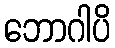
ဘောဂါပိ